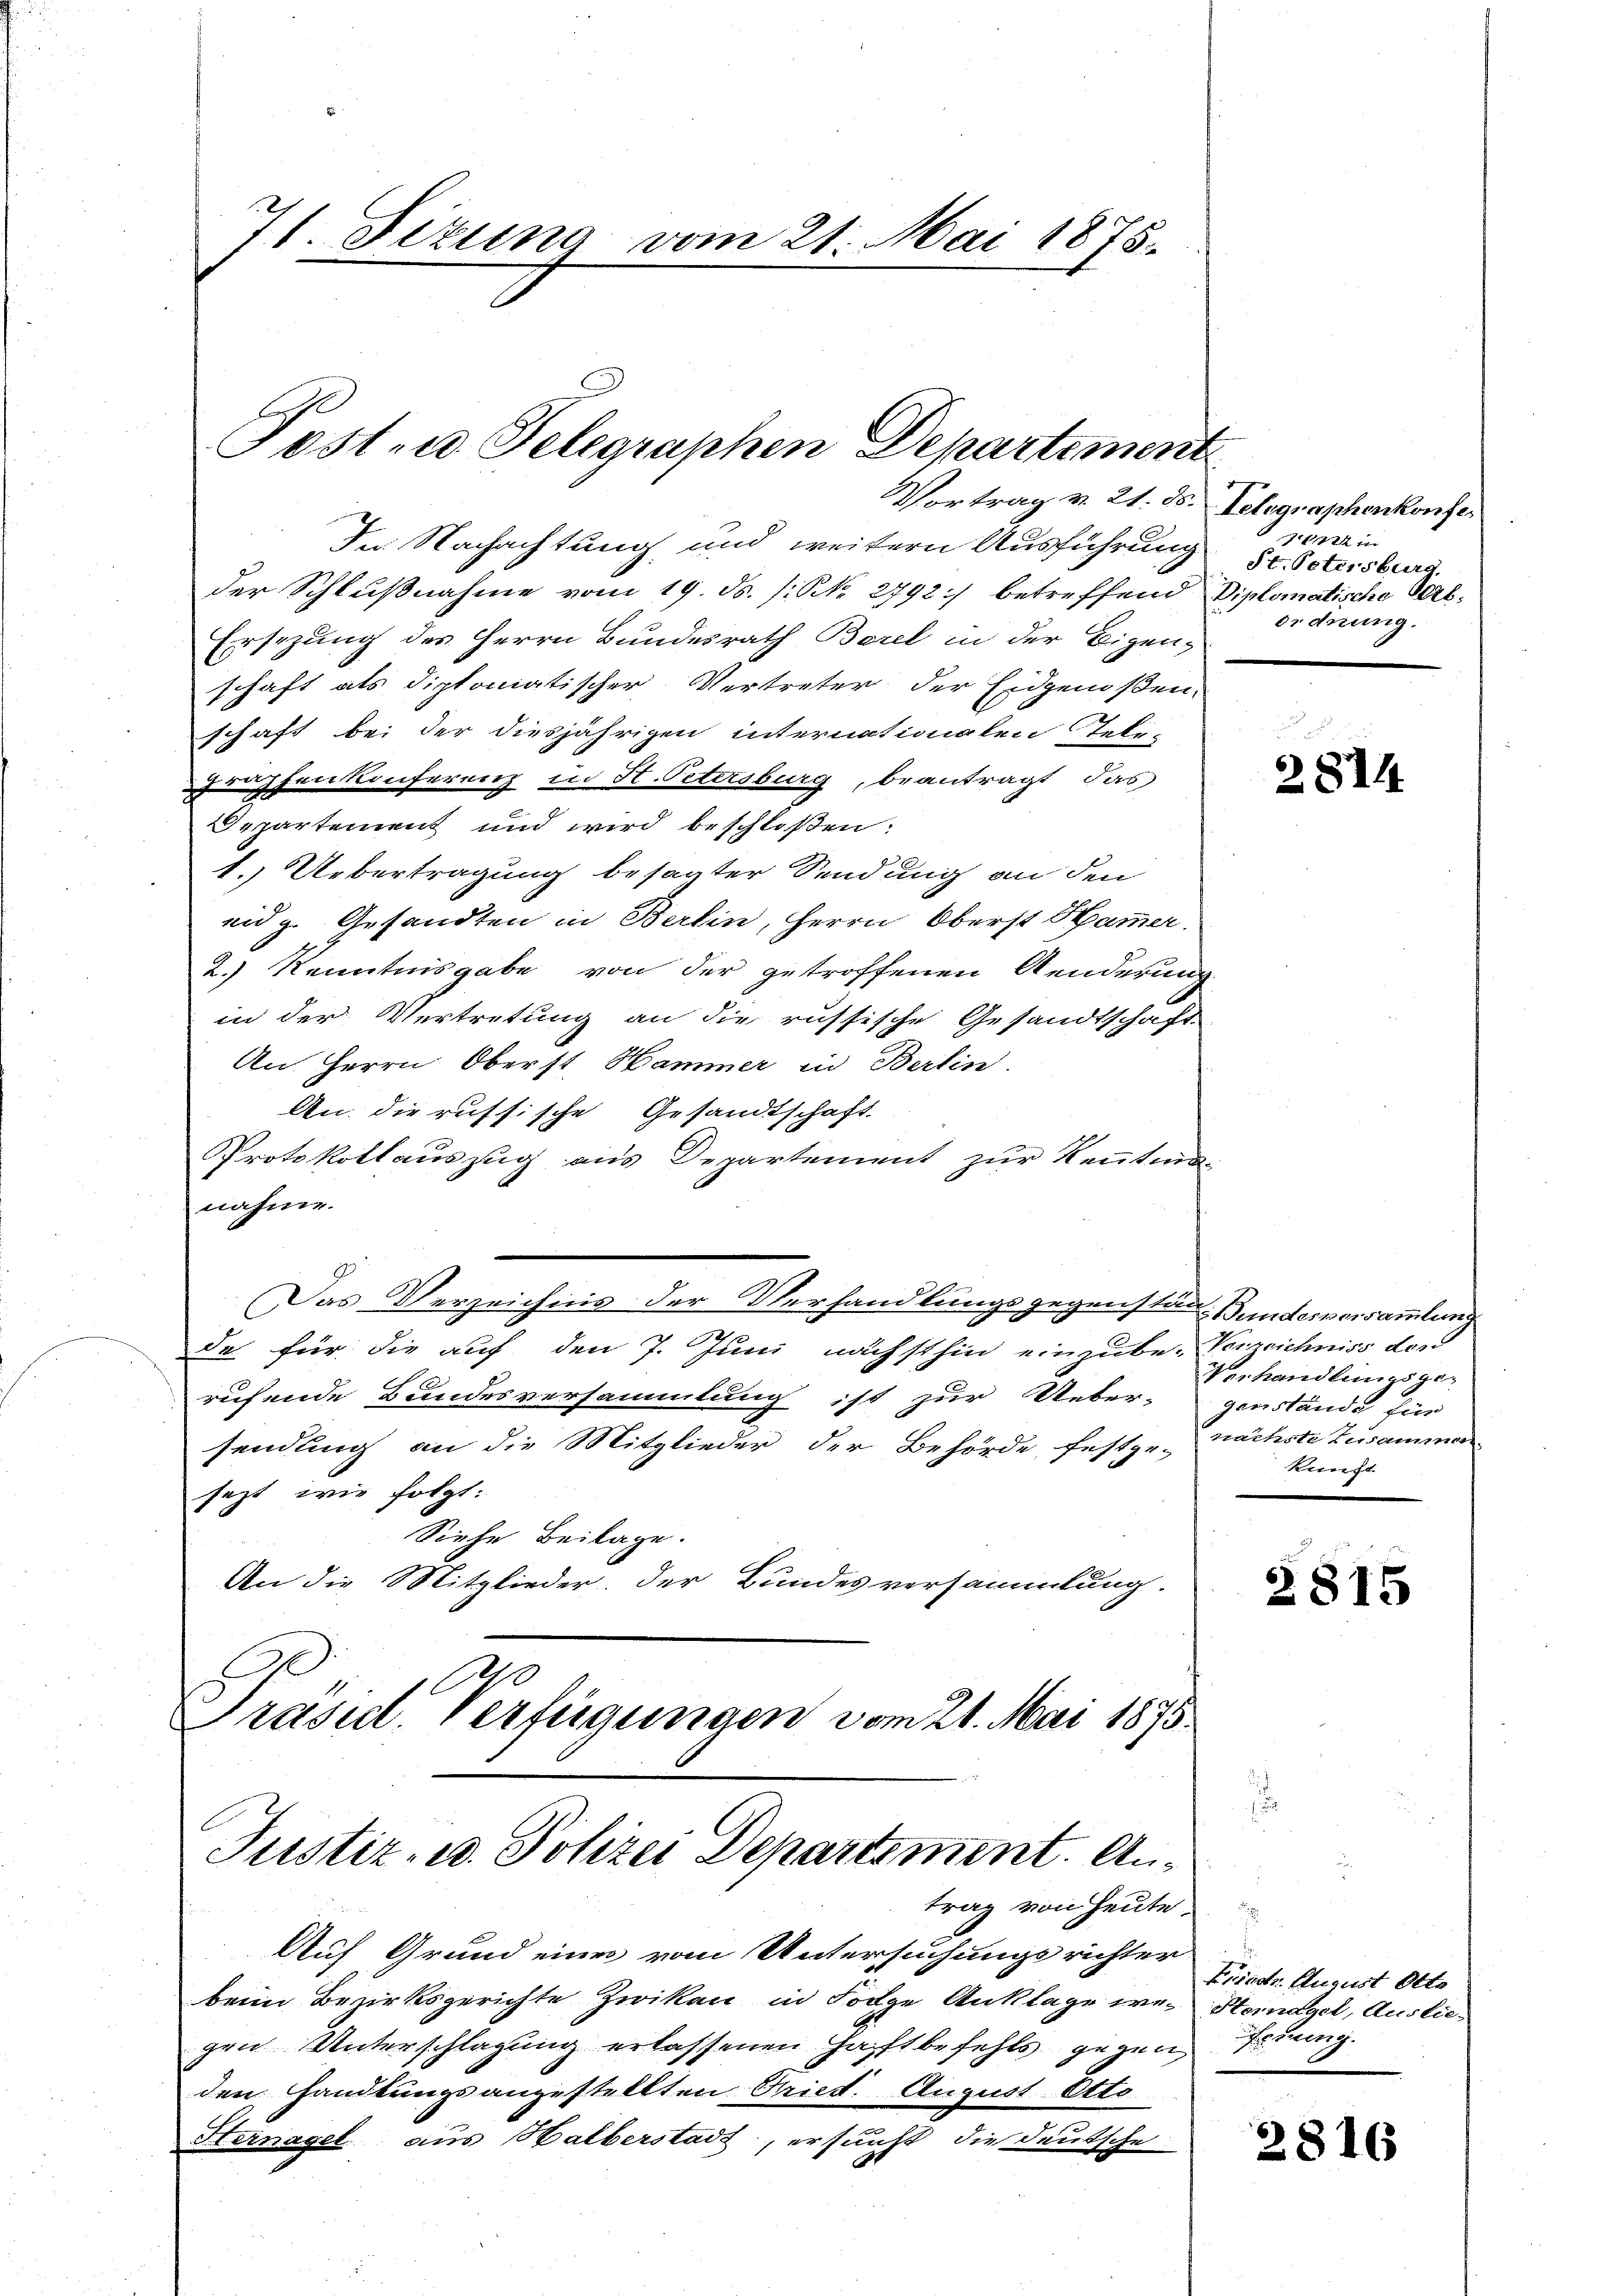
71. Sizung vom 21. Mai 1875.

Post- u. Telegraphen Departement

Vortrag v. 21. ds. Telegraphenkonfer
I. Nachachtung, und weitern Ausführung
der Schlußnahme vom 19. ds. /: NNo. 2792) betreffend Diplomatische Ob¬
Ersezung des Herrn Bundesrath Borel in der Eigen-
schaft als diplomatischer Vertreter der Eidgenoßen,
schaft bei der diesjährigen internationalen Tele-
raffenkonferenz in H. Petersburg, beantragt, das
Departement und wird beschloßen:
1. Uebertragung besagter Sendung an den
eidg. Gesandten in Berlin, Herrn Oberst Hammer.
2.) Kenntnisgabe von der getroffenen Aenderung
in der Vertretung an die russische Gesandtschaft
An Herrn Oberst Hammer in Berlin.
An die russische Gesandtschaft
Protokollauszug aus Departement zur Kenntman
nahme.
Das Verzeichnis der Verhandlungsgegenstän-
2
da für die auf den 7. Juni nächsthin einzube-Verzeichniss der
rufende Bundesversammlung ist zur Ueber-genstände für
sendung an die Mitglieder der Behörde festge-
sezt, wie folgt:
Siehe Beilage.
An die Mitglieder, der Bundesversammlung.
90
Prasil. Verfügungen vom 21. Mai 1875.

Justiz- u. Polizei Departiment. Antrag von heute.

Auf Grund eines vom Untersuchungsrichter
beim Bezirksgerichte Zwikau in Folge Anklage we-Homagel, Ausliegen Unterschlagung erlassenen Haftbefehls gegen
den Handlungsangestellten Gries. August Otto
Sternagel aus Halberstadt, ersucht die Deutsche

22 in
St. Petersburg,
Ordnung.

u

2814

Bunderversammlung
Verhandlungsgenächste Zusammen
kunft

2815

Friedr. August Otto
ring

2816